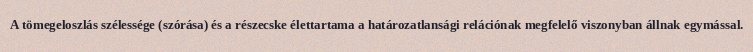
A tömegeloszlás szélessége (szórása) és a részecske élettartama a határozatlansági relációnak megfelelő viszonyban állnak egymással.